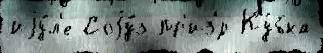
иjу́л'е Соjу́з пр'из'́р Ку́бка